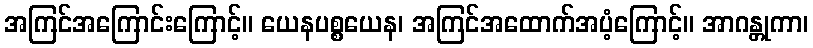
အကြင်အကြောင်းကြောင့်။ ယေနပစ္စယေန၊ အကြင်အထောက်အပံ့ကြောင့်။ အာဂန္တုကာ၊